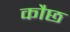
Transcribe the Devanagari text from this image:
कौछ